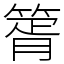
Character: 䈝